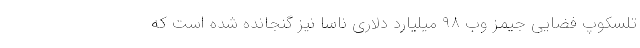
تلسکوپ فضایی جیمز وب ۹۸ میلیارد دلاری ناسا نیز گنجانده شده است که